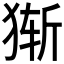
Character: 𰡔